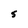
Character: S